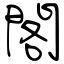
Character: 閣